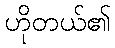
ဟိုတယ်၏